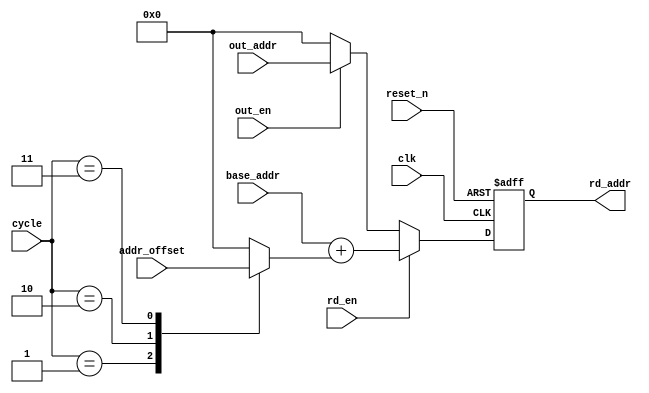
module rd_cell(
    clk,     
    reset_n,
    rd_en,
    cycle,
    base_addr,
    addr_offset,
    out_addr,
    out_en,
    rd_addr    
);

parameter A_WID = 8;

//Input ports
input                 clk        ;
input                 reset_n    ;
input                 rd_en      ;
input   [1:0]         cycle      ;
input   [A_WID-1:0]   base_addr  ;
input   [3*A_WID-1:0] addr_offset;
input   [A_WID-1:0]   out_addr   ;
input                 out_en     ;

output  [A_WID-1:0]   rd_addr    ;

reg     [A_WID-1:0]   rd_addr    ;
reg     [A_WID-1:0]   addr_offset1;

always @ (posedge clk or negedge reset_n)
begin : rd_addr_r
    if(!reset_n)
        rd_addr <= #1 8'h0;
    else if(rd_en)
        rd_addr <= #1 base_addr + addr_offset1;
    else if(out_en)
        rd_addr <= #1 out_addr;    
    else
        rd_addr <= #1 8'h0;
end 

always @ (addr_offset or cycle)
begin : addr_offset_r
    case(cycle)
    2'b01: addr_offset1 = addr_offset[3*A_WID-1:2*A_WID];
    2'b10: addr_offset1 = addr_offset[2*A_WID-1:A_WID];
    2'b11: addr_offset1 = addr_offset[A_WID-1:0];
    default: addr_offset1 = 8'h0;
    endcase
end  

endmodule